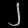
Digit: ၂